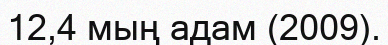
12,4 мың адам (2009).